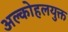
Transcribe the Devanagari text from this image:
अल्कोहलयुक्त